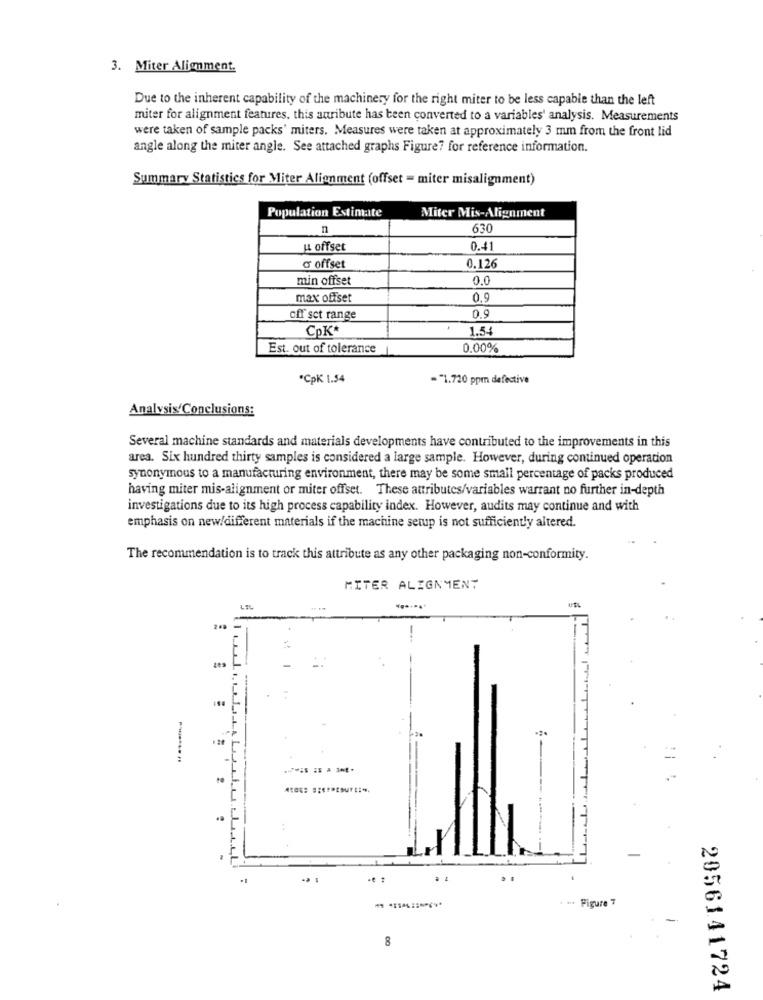
3. Miter Alignment.
Due to the inherent capability of the machinery for the right miter to be less capable than the left
miter for alignment features, this atribute has been converted to a variables' analysis. Measurements
were taken of sample packs' miters. Measures were taken at approximately 3 mm from the front lid
angle along the miter angle. See attached graphs Figure? for reference information.
Summary Statistics for Miter Alignment (offset = miter misalignment)
Population Estimate
Miter Mis-Alignment
n
630
LL offset
0.41
o offset
0.126
min offset
0.0
max offset
0.9
0.9
off set range
CpK
1.54
Est. out of tolerance
0.00%
*CpK 1.54
="1.720 ppm defective
Analysis Conclusions:
Several machine standards and materials developments have contributed to the improvements in this
area. Six hundred thirty samples is considered a large sample. However, during continued operation
synonymous to a manufacturing environment, there may be some small percentage of packs produced
having miter mis-alignment or miter offset. These attributes/variables warrant no further in-depth
investigations due to its high process capability index. However, audits may continue and with
emphasis on new/different materials if the machine setup is not sufficiently altered.
The recommendation is to track this attribute as any other packaging non-conformity.
MITER ALIGNMENT
LEL
..
*** Figure 7
8
2056141724